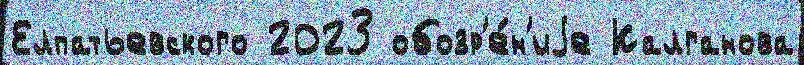
Елпатьевского 2023 обозр'е́н'иjе Калганова